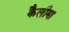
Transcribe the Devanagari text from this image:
कैलीमा